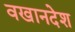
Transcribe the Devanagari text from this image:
वखानदेश